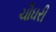
ચૌઘરી